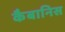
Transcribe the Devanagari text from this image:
कैबानिस